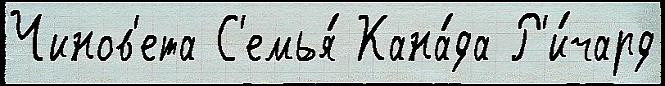
Чинов'ета С'емья́ Кана́да Р'и́чард